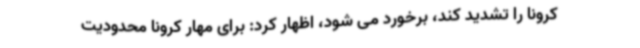
کرونا را تشدید کند، برخورد می شود، اظهار کرد: برای مهار کرونا محدودیت